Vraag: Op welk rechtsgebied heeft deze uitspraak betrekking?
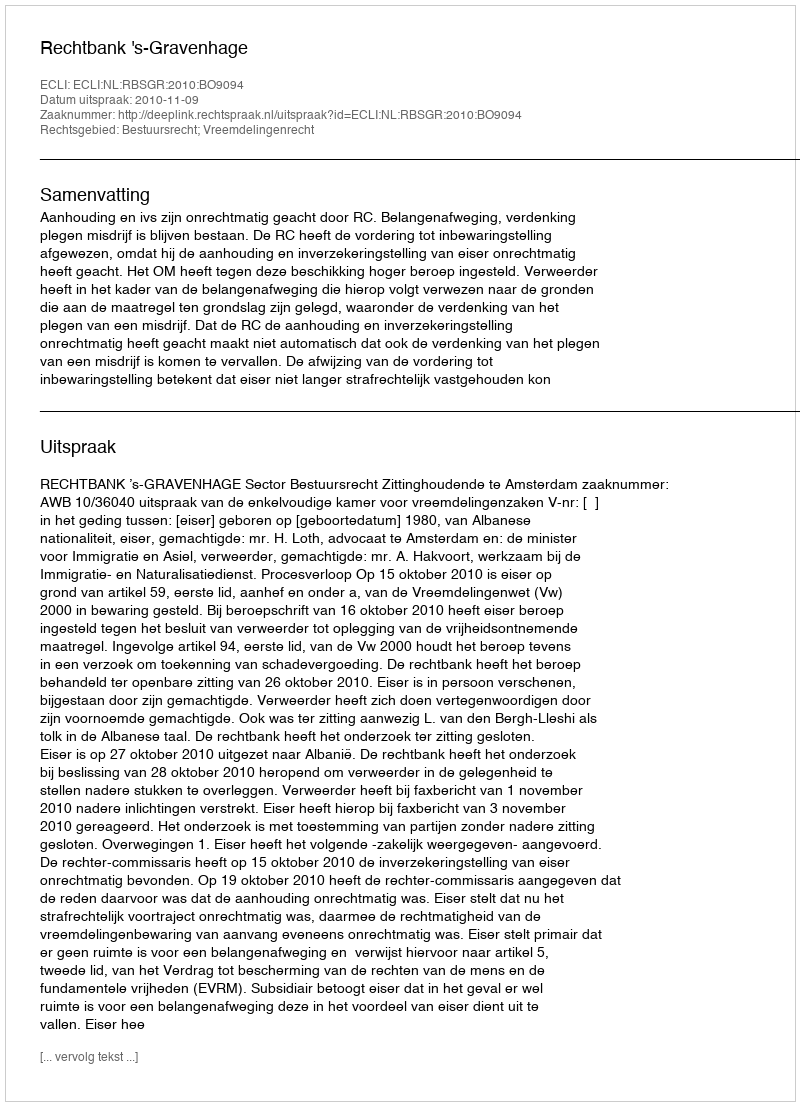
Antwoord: Bestuursrecht; Vreemdelingenrecht